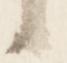
候